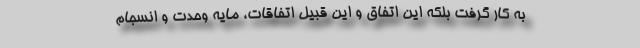
به کار گرفت بلکه این اتفاق و این قبیل اتفاقات، مایه وحدت و انسجام